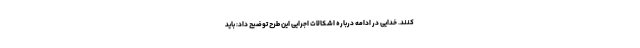
‌کنند. خدایی در ادامه درباره اشکالات اجرایی این طرح توضیح داد: باید